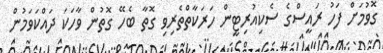
ގޮވުމަށް ފަހު ރައީސްގެ ސެކިއުރިޓީން ހަރަކާތްތެރިވި ގޮތާ ބެހޭ ގޮތުން ވާހަކަ ދައްކަވަމުން